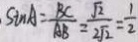
\sin A = \frac { B C } { A B } = \frac { \sqrt { 2 } } { 2 \sqrt { 2 } } = \frac { 1 } { 2 }